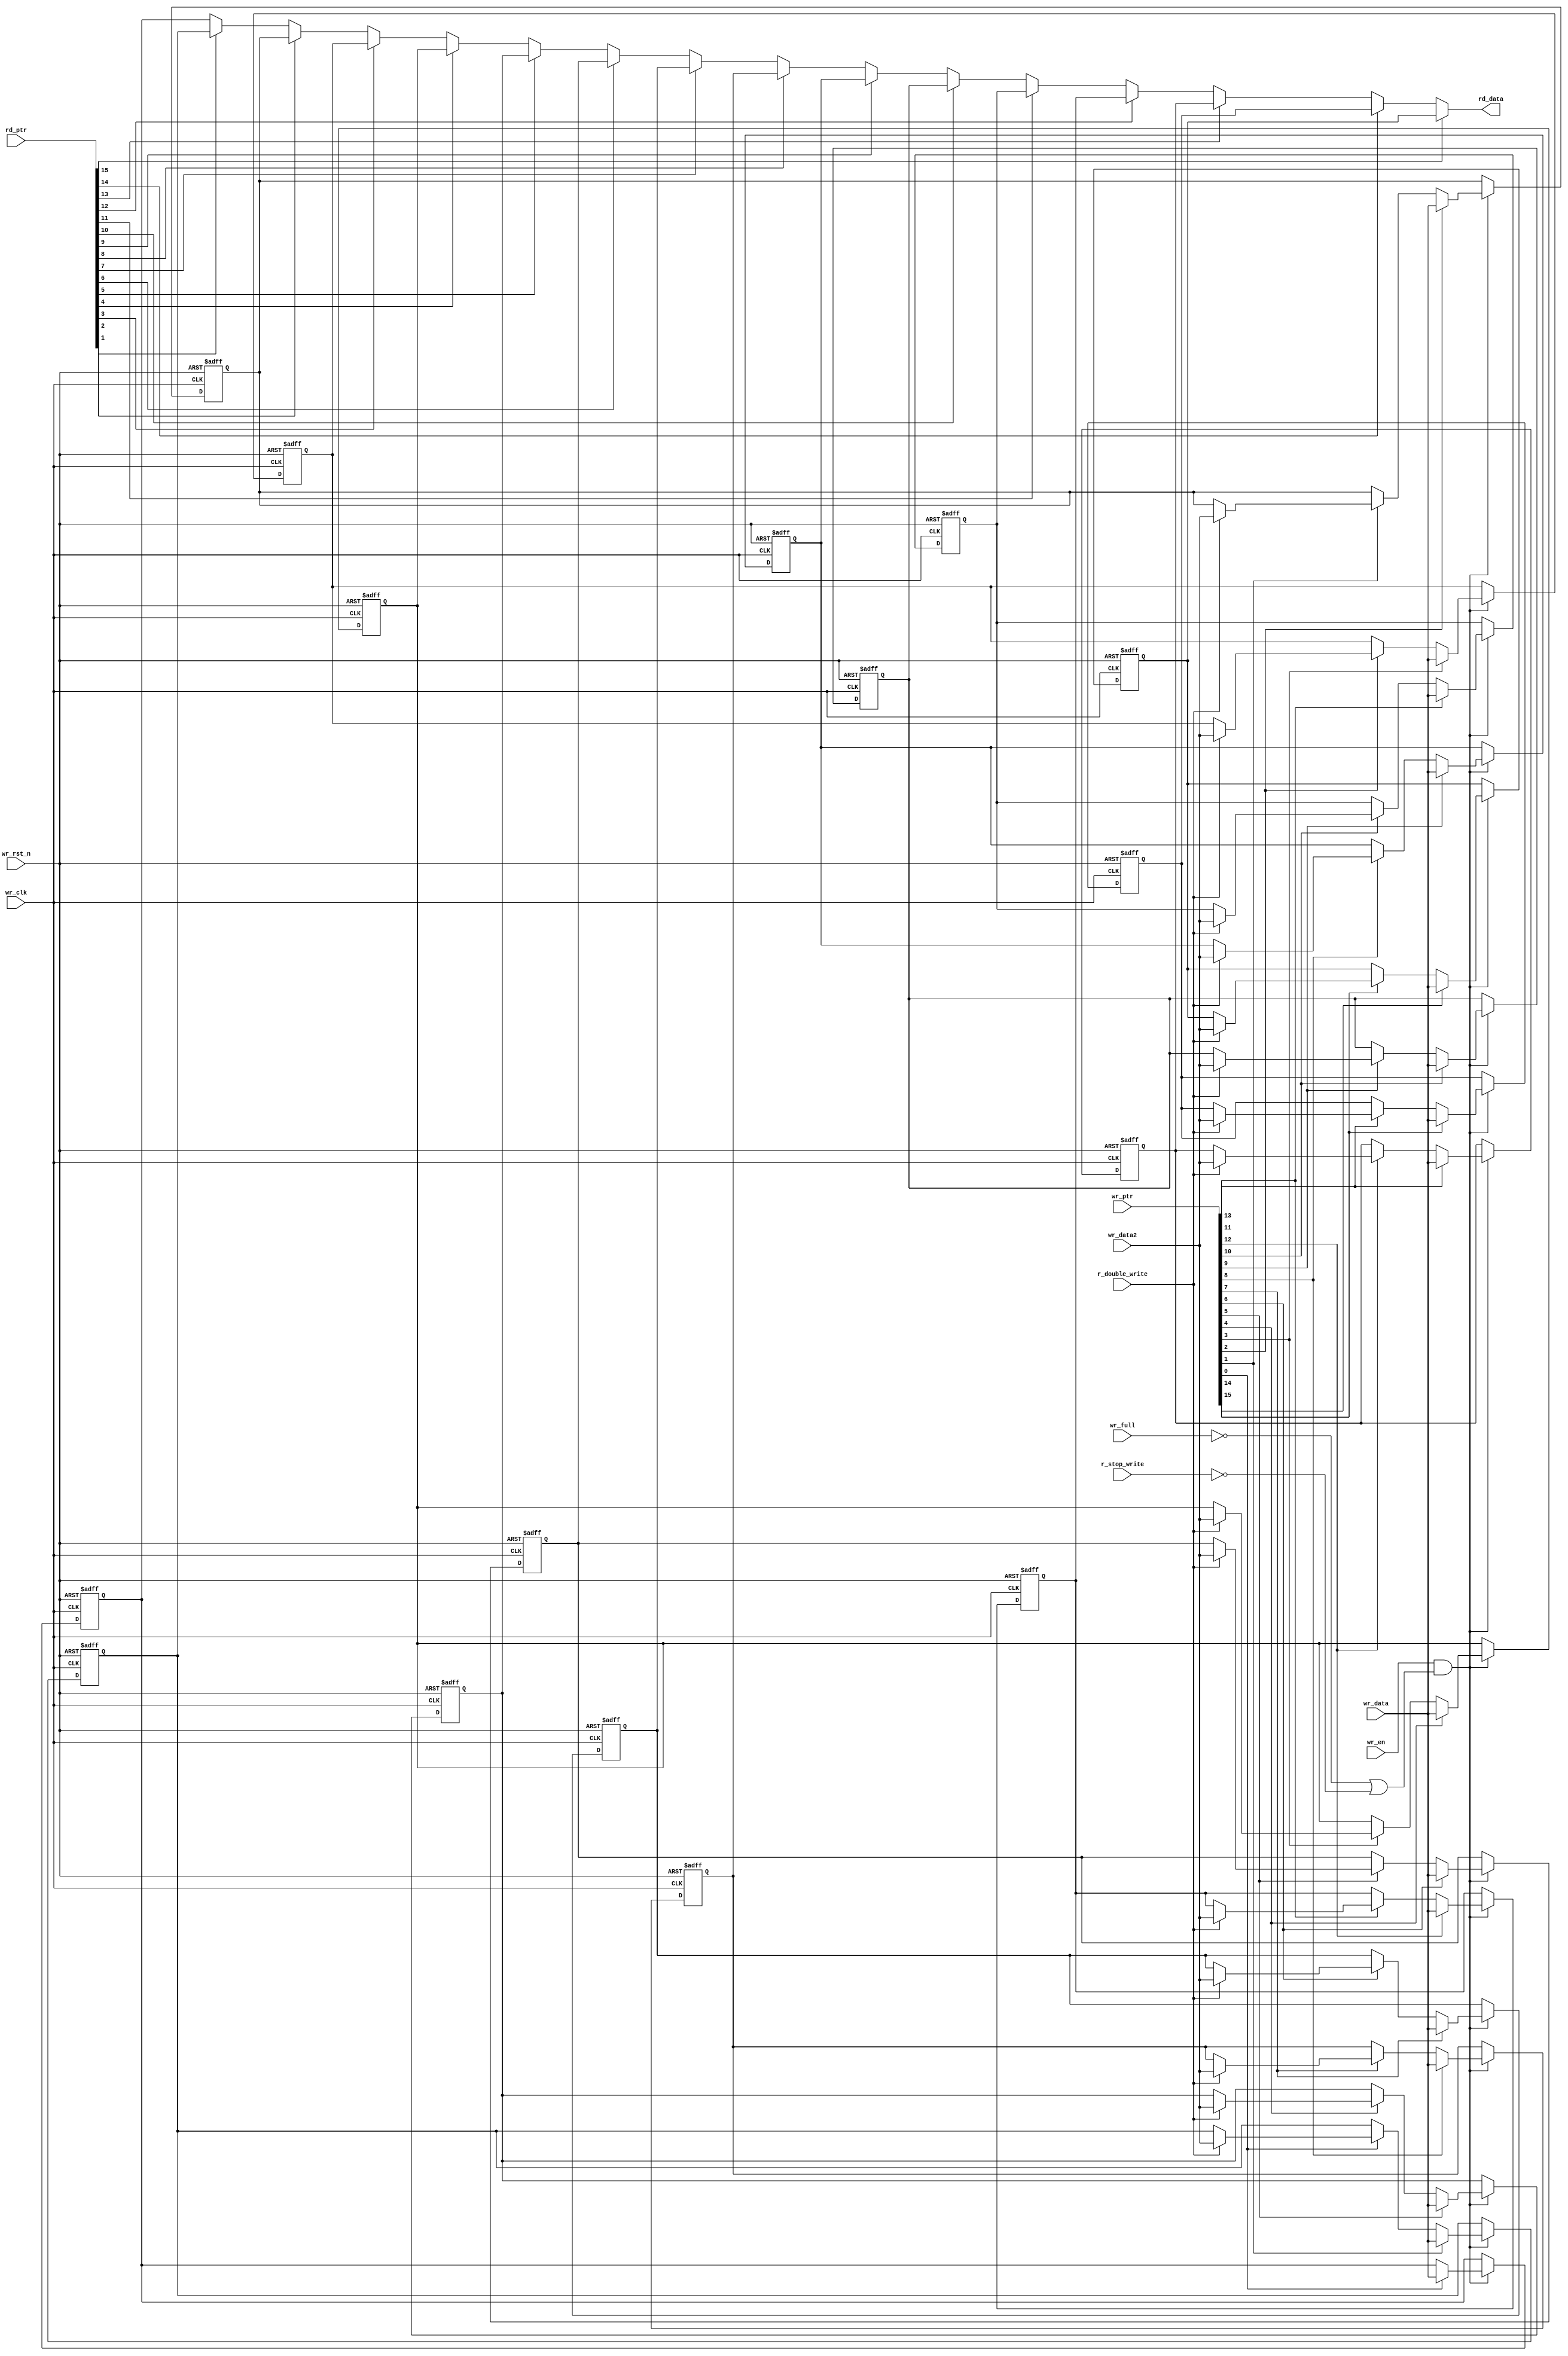
// This program was cloned from: https://github.com/chipsalliance/aib-phy-hardware
// License: Apache License 2.0

// SPDX-License-Identifier: Apache-2.0
// Copyright (C) 2019 Intel Corporation. 
module hdpldadapt_tx_datapath_fifo_ram
  #(
    parameter DWIDTH = 'd40,             // FIFO Input data width 
    parameter DEPTH  = 'd16              // FIFO Depth 
    )
(
    input  wire              r_double_write,	// Write to 2 consecutive locations
    input  wire		     r_stop_write, // Disable/enable writing when FIFO is full    
    input  wire		     wr_full,
    input  wire              wr_clk,     // Write Domain Clock
    input  wire		     wr_rst_n,   // Write Domain Reset 
    input  wire              wr_en,      // Write Data Enable
    input  wire [DEPTH-1:0] wr_ptr,     // Write Pointer
    input  wire [DWIDTH-1:0] wr_data,    // Write Data In
    input  wire [DWIDTH-1:0] wr_data2,    // Write Data In
    input  wire [DEPTH-1:0] rd_ptr,     // Read Pointer
    output reg  [DWIDTH-1:0] rd_data   // Read Data

);

   //********************************************************************
   // Infer Memory or use Dual Port Memory from Quartus/ASIC Memory
   //********************************************************************
   
   integer		m;
   integer		i;
//   reg [DWIDTH-1:0]          fifo_mem [((1<<AWIDTH)-1):0];
   reg [DWIDTH-1:0]          fifo_mem [DEPTH-1:0];
   
   always @(negedge wr_rst_n or posedge wr_clk) begin
      if (~wr_rst_n) begin
         for (m='d0; m<=(DEPTH-1'b1); m=m+1'b1)
            fifo_mem[m] <= 'd0;	
      end 
      else if (wr_en && (~wr_full||~r_stop_write)) begin
         for (m='d0; m<=(DEPTH-1'b1); m=m+1'b1) begin
           if (wr_ptr[m]) begin
             fifo_mem[m] <= wr_data;
             if (r_double_write & m < DEPTH-1) // In double write mode, wr_ptr always increments by 2
               fifo_mem[m+1] <= wr_data2;
             end  
         end   
      end
   end
   
// assign rd_data = fifo_mem[rd_ptr];
// Read ptr must be one-hot
always @ *
begin: data_out 
  rd_data = fifo_mem[0];
  for (i='d0; i<=(DEPTH-1'b1); i=i+1'b1) begin
    if (rd_ptr[i]) begin
      rd_data = fifo_mem[i];
    end       
  end   
end 

endmodule